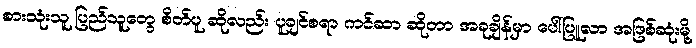
စားသုံးသူ ပြည်သူတွေ စိတ်ပူ ဆိုလည်း ပူချင်စရာ ကင်ဆာ ဆိုတာ အခုချိန်မှာ ပေါ်ပြူလာ အဖြစ်ဆုံးမို့